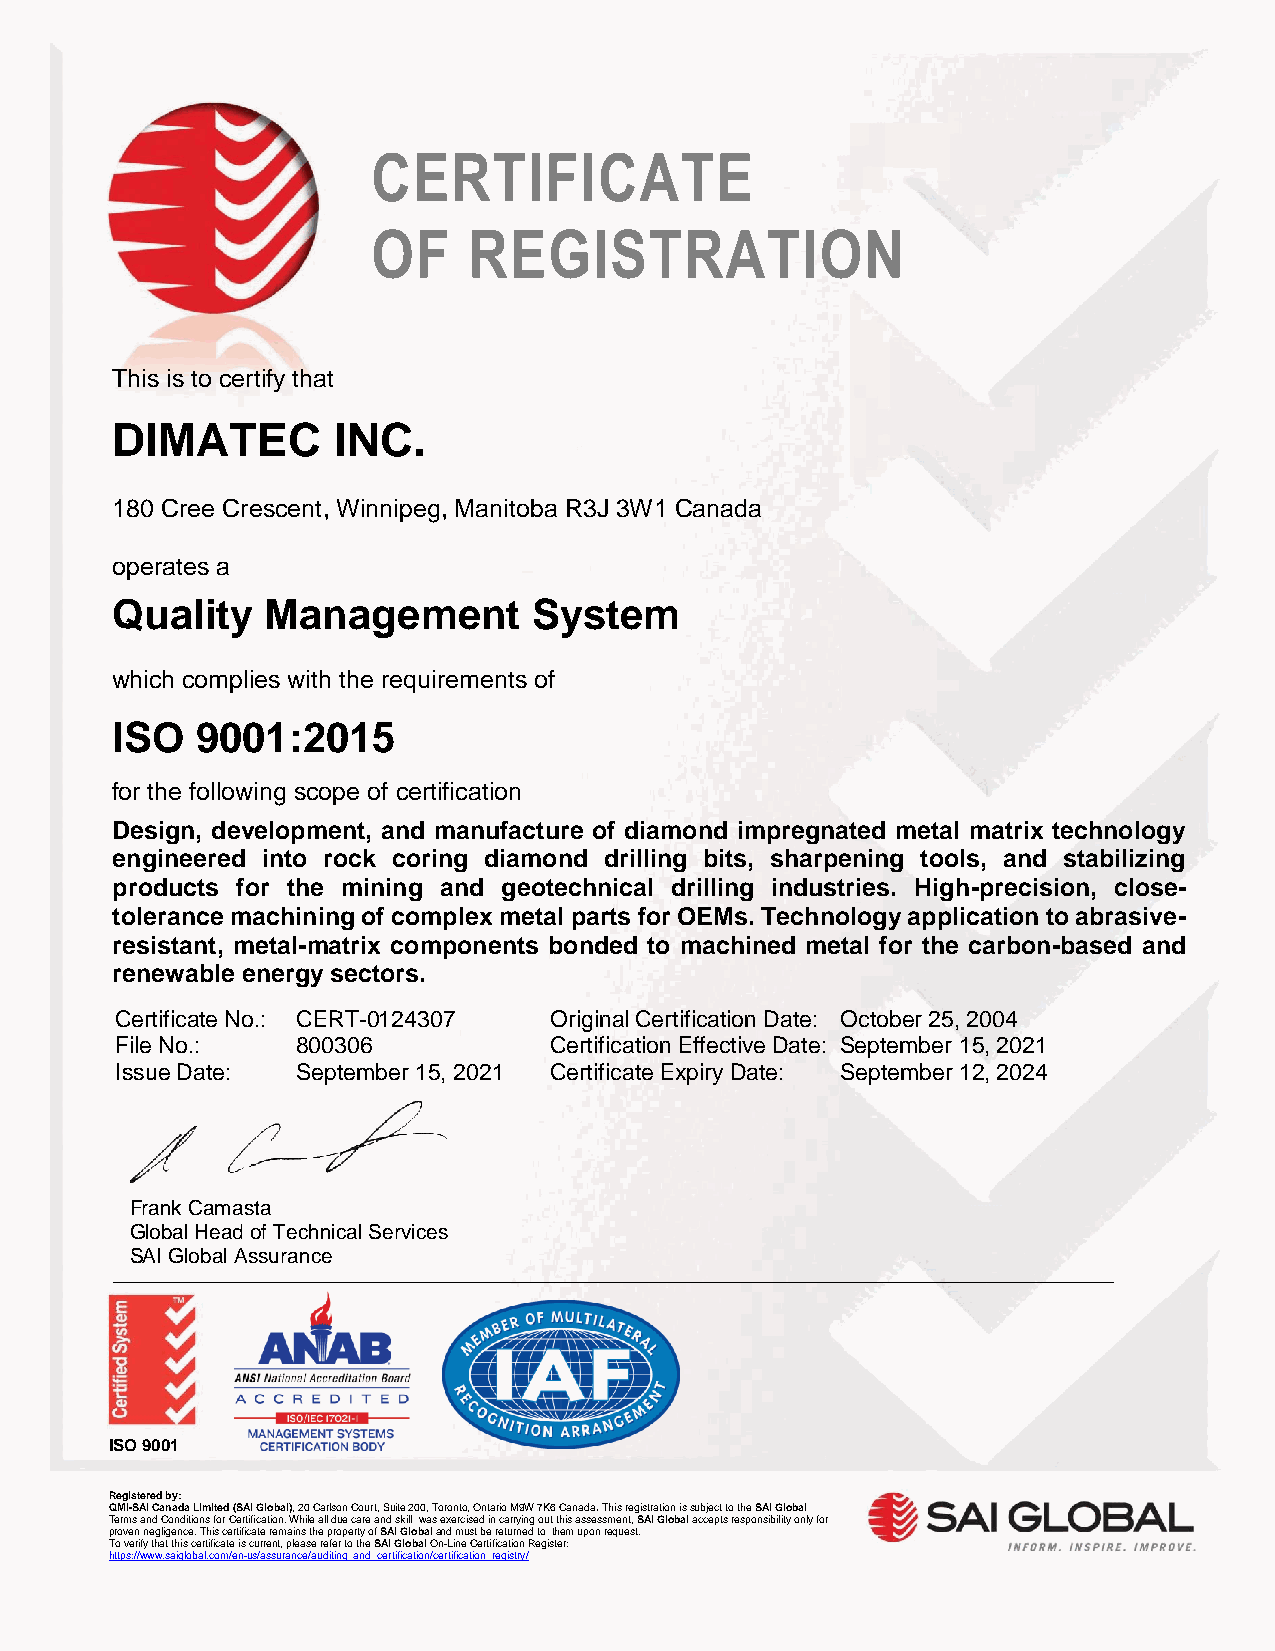
CERTIFICATE
 OF    REGISTRATION
 This is to certify that
 DIMATEC        INC.
 180 Cree Crescent, Winnipeg, Manitoba R3J 3W1 Canada
 operates a
 Quality    Management       System
 which complies with the requirements of
 ISO   9001:2015
 for the following scope of certification
 Design, development, and manufacture of diamond impregnated metal matrix technology
 engineered into rock coring diamond drilling bits, sharpening tools, and stabilizing
 products for the mining and geotechnical drilling industries. High-precision, close-
 tolerance machining of complex metal parts for OEMs. Technology application to abrasive-
 resistant, metal-matrix components bonded to machined metal for the carbon-based and
 renewable energy sectors.
 Certificate No.: CERT-0124307 Original Certification Date: October 25, 2004
 File No.:   800306          Certification Effective Date: September 15, 2021
 Issue Date: September 15, 2021 Certificate Expiry Date: September 12, 2024
 Frank Camasta
 Global Head of Technical Services
 SAI Global Assurance
 ________________________________________________________________________________
 ISO 9001
 Registered by:
 QMI-SAI Canada Limited (SAI Global), 20 Carlson Court, Suite 2 00, Toronto, Ontario M9W 7K6 Canada. This registration is subject to the SAI Global
 Terms and Conditions for Certification. While all due care and skillwas exercised in carrying ou t this assessment, SAI Global accepts responsibility only for
 proven negligence. This certificate remains the property of SAI Global and must be returned tothem upon request.
 To verify that this certificate is current, please refer to the SAI Global On-Line Certification Register:
 https://www.saiglobal.com/en-us/assurance/auditing_and_certification/certification_registry/